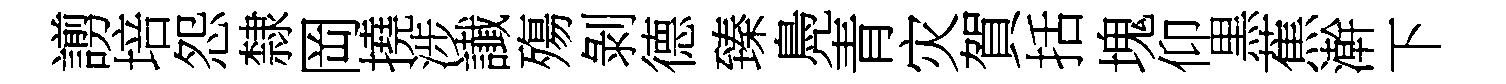
謭培怨隸岡撓涉䜟殤剝德臻鳧青灾賀括塊仰黒蕉澣下